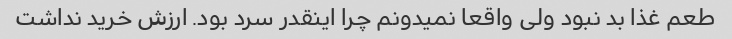
طعم غذا بد نبود ولی واقعا نمیدونم چرا اینقدر سرد بود. ارزش خرید نداشت